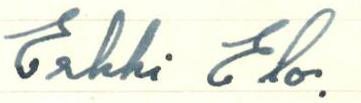
Erkki Elo.